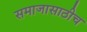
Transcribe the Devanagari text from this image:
समाजासाठीच